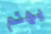
يهتم